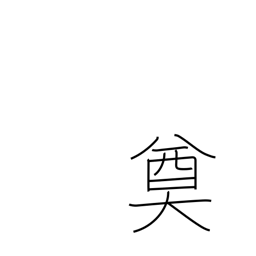
Meaning: decision